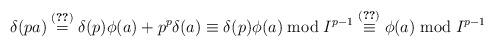
LaTeX: \begin{align*}\delta(pa) &\stackrel{(\ref{prod})}{=} \delta(p)\phi(a) + p^p\delta(a) \stackrel{}{\equiv} \delta(p)\phi(a) \bmod I^{p-1} \stackrel{(\ref{1})}{\equiv} \phi(a) \bmod I^{p-1} \end{align*}